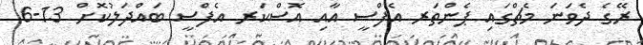
ރޭގެ ދެވަނަ މެޗްގައި ޕެންތަރ އެފްސީ އާއި އޮސްކަރ އެފްސީ ބައްދަލުކޮށް 13-6